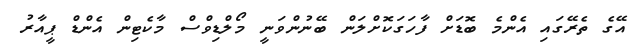
އޭގެ ތެރޭގައި އެންމެ ބޮޑަށް ފާހަގަކޮށްލަން ބޭނުންވަނީ މޯލްޑިވްސް މާކެޓިން އެންޑް ޕީއާރު